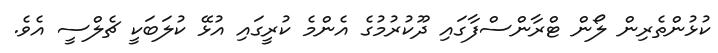
ކުޅުންތެރިން ލޯން ޓްރާންސްފާގައި ދޫކުރުމުގެ އެންމެ ކުރީގައި އުޅޭ ކުލަބަކީ ޗެލްސީ އެވެ.